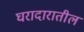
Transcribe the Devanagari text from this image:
घरादारातील